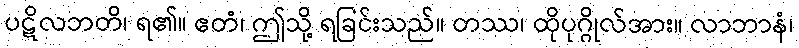
ပဋိလဘတိ၊ ရ၏။ ဧတံ၊ ဤသို့ ရခြင်းသည်။ တဿ၊ ထိုပုဂ္ဂိုလ်အား။ လာဘာနံ၊